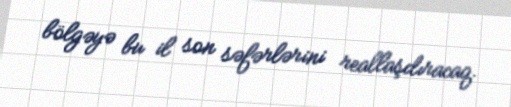
bölgəyə bu il son səfərlərini reallaşdıracaq.